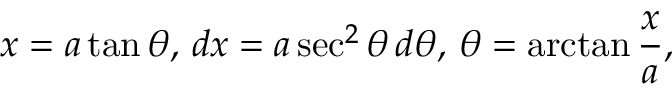
x = a \tan \theta , \, d x = a \sec ^ { 2 } \theta \, d \theta , \, \theta = \arctan { \frac { x } { a } } ,